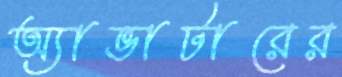
অ্যাভাটারের